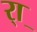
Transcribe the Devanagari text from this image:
र्‍ाॣ